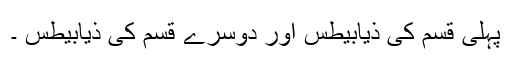
پہلی قسم کی ذیابیطس اور دوسرے قسم کی ذیابیطس ۔